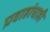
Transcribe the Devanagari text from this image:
प्रवाहांचाही